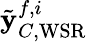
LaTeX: \tilde{\mathbf{y}}_{C,\mathrm{WSR}}^{f,i}